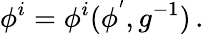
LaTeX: \phi^{i}=\phi^{i}(\phi^{'},g^{-1})\, .